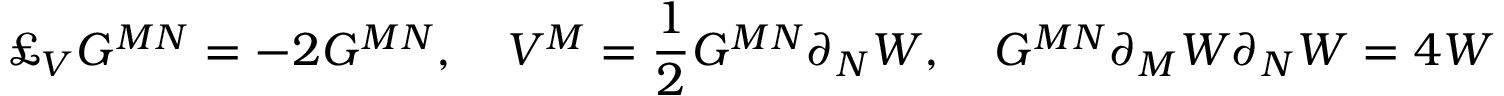
\pounds _ { V } G ^ { M N } = - 2 G ^ { M N } , \quad V ^ { M } = \frac { 1 } { 2 } G ^ { M N } \partial _ { N } W , \quad G ^ { M N } \partial _ { M } W { } \partial _ { N } W = 4 W